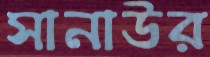
সানাউর